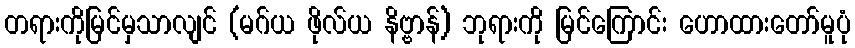
တရားကိုမြင်မှသာလျင် (မဂ်ယ ဖိုလ်ယ နိဗ္ဗာန်) ဘုရားကို မြင်ကြောင်း ဟောထားတော်မူပုံ